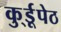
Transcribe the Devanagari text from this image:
कु्र्डूपेठ